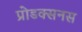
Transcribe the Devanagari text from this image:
प्रोडक्सनस